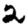
Digit: 2